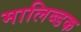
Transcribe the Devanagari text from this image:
मालिब्डक